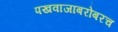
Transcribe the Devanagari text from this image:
पखवाजाबरोबरच